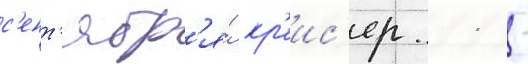
с'ент'ябр'я́ кр'еис'ер 11 -